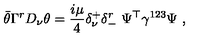
\bar { \theta } \Gamma ^ { r } D _ { \nu } \theta = { \frac { i \mu } { 4 } } \delta _ { \nu } ^ { + } \delta _ { - } ^ { r } \ \Psi ^ { \top } \gamma ^ { 1 2 3 } \Psi \ ,